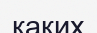
каких